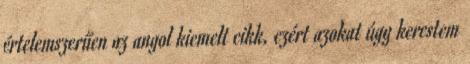
értelemszerűen az angol kiemelt cikk, ezért azokat úgy kerestem